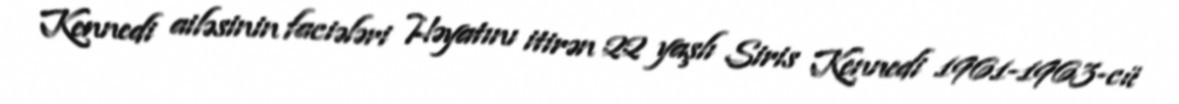
Kennedi ailəsinin faciələri Həyatını itirən 22 yaşlı Siris Kennedi 1961-1963-cü